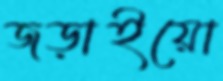
জড়াইয়ো